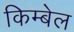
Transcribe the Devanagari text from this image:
किम्बेल